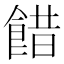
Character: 𩜅